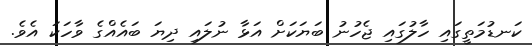
ކަނޑުމަތީގައި ހާލުގައި ޖެހުނު ބަޔަކަށް އަޅާ ނުލައި ދިޔަ ބައެއްގެ ވާހަކަ އެވެ.